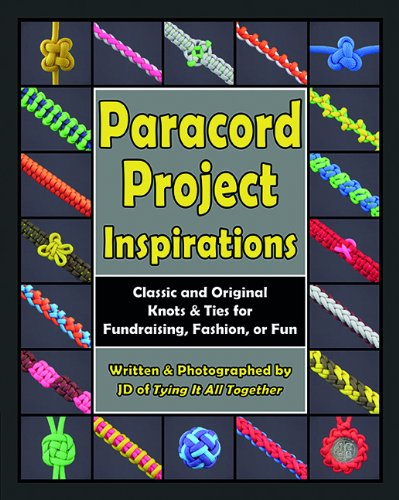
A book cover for Paracord Project Inspirations: Classic and Original Knots and Ties for Fundraising, Fashion, or Fun; J.D. Lenzen; Crafts, Hobbies & Home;